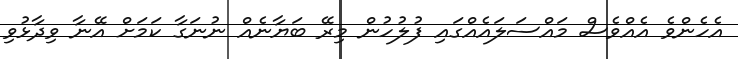
އެހެންވެ އެއްވެސް މައްސަލައެއްގައި ފުލުހުން މިރޭ ބަޔާނެއް ނުނަގާ ކަމަށް އޭނާ ވިދާޅުވި